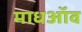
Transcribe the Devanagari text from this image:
माधऑव